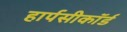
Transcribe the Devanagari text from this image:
हार्पसीकॉर्ड